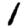
Digit: 1